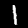
Digit: 1